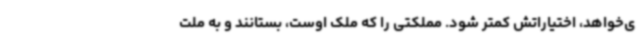
ی‌خواهد، اختیاراتش کمتر شود. مملکتی را که ملک اوست، بستانند و به ملت